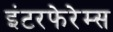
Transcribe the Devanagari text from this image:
इंटरफेरेम्स